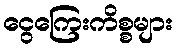
ငွေကြေးကိစ္စများ